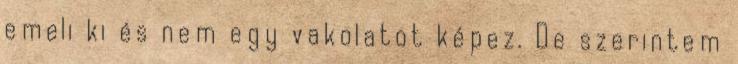
emeli ki és nem egy vakolatot képez. De szerintem